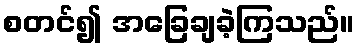
စတင်၍ အခြေချခဲ့ကြသည်။